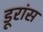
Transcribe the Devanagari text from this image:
डूरांस